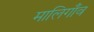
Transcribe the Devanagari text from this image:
मालिगाँव